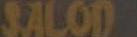
SALODE